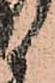
候